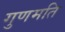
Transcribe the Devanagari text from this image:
गुणमति